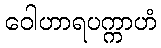
ဝေါဟာရပက္ကာဟံ